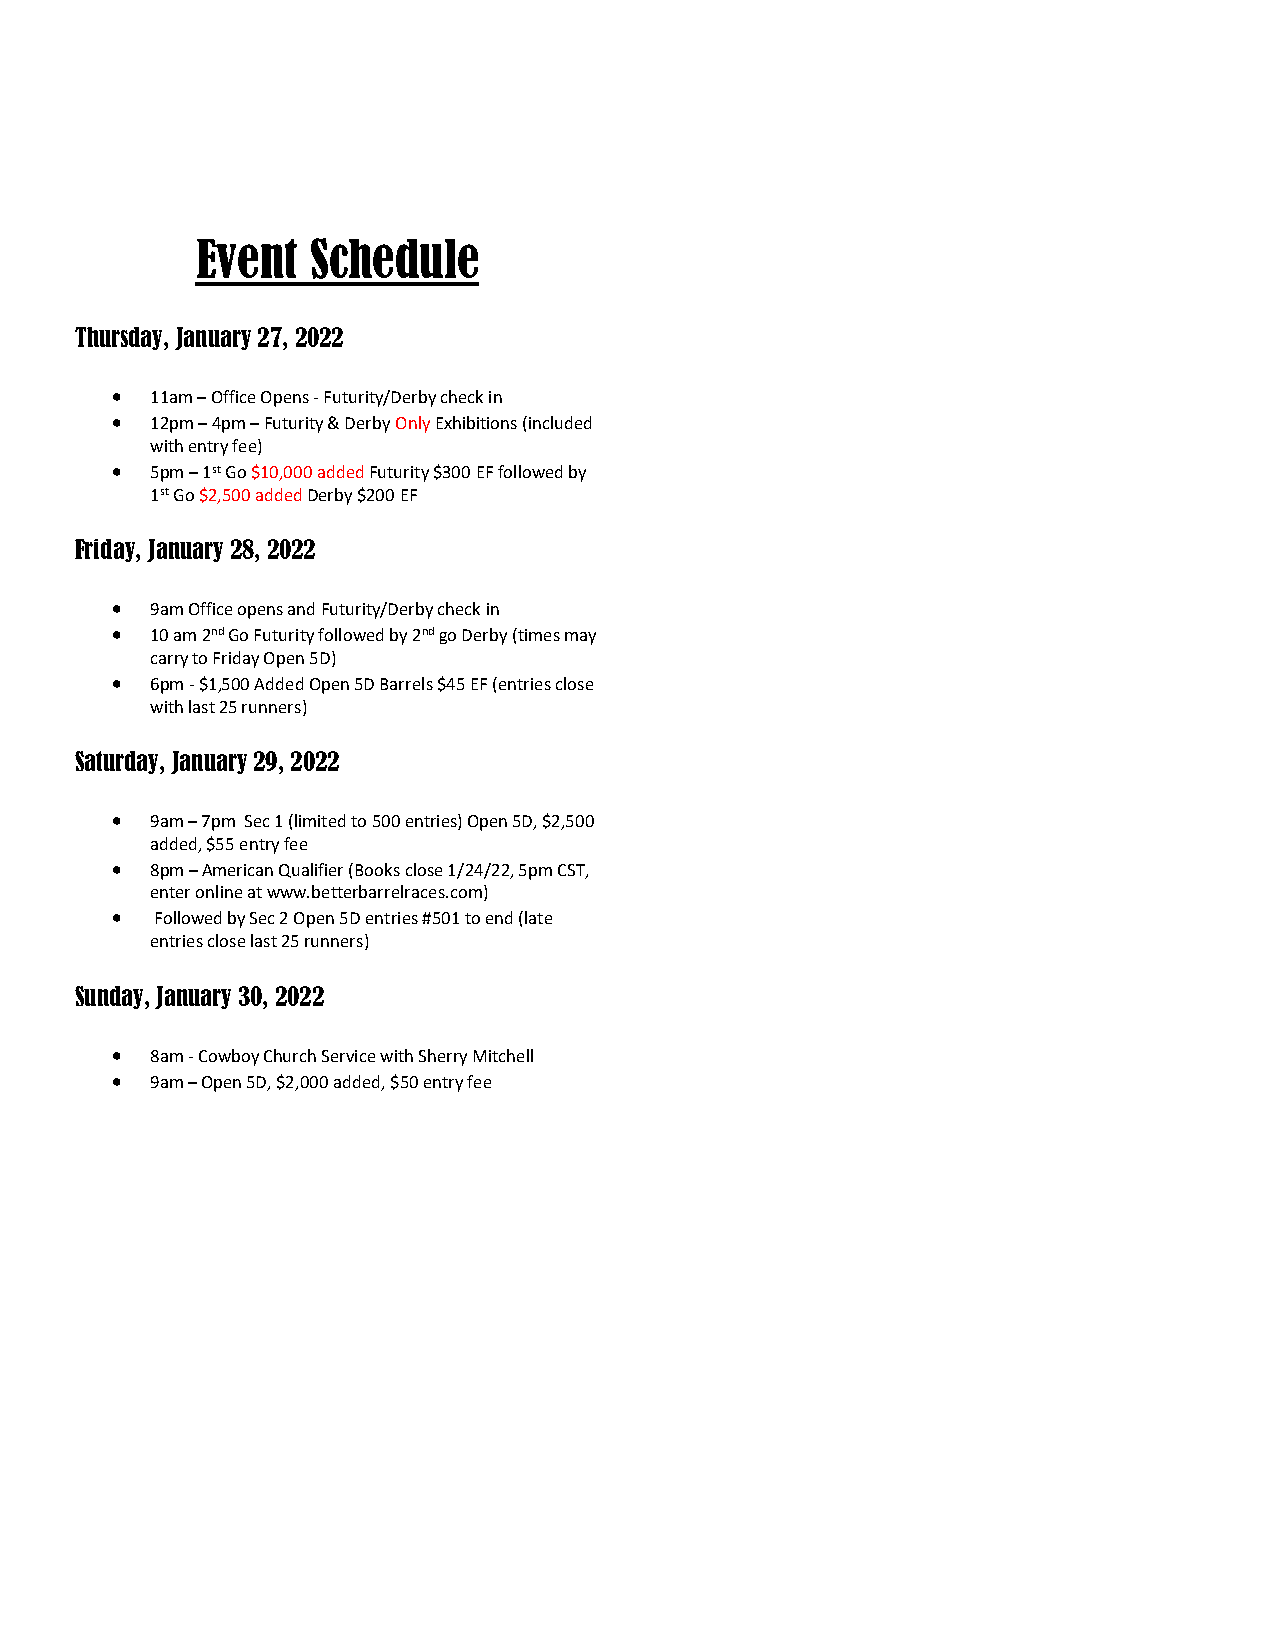
Event   Schedule
 Thursday, January 27, 2022
 •  11am – Office Opens - Futurity/Derby check in
 •  12pm – 4pm – Futurity & Derby Only Exhibitions (included
 with entry fee)
 •  5pm – 1st Go $10,000 added Futurity $300 EF followed by
 1st Go $2,500 added Derby $200 EF
 Friday, January 28, 2022
 •  9am Office opens and Futurity/Derby check in
 •  10 am 2nd Go Futurity followed by 2nd go Derby (times may
 carry to Friday Open 5D)
 •  6pm - $1,500 Added Open 5D Barrels $45 EF (entries close
 with last 25 runners)
 Saturday, January 29, 2022
 •  9am – 7pm Sec 1 (limited to 500 entries) Open 5D, $2,500
 added, $55 entry fee
 •  8pm – American Qualifier (Books close 1/24/22, 5pm CST,
 enter online at www.betterbarrelraces.com)
 •  Followed by Sec 2 Open 5D entries #501 to end (late
 entries close last 25 runners)
 Sunday, January 30, 2022
 •  8am - Cowboy Church Service with Sherry Mitchell
 •  9am – Open 5D, $2,000 added, $50 entry fee